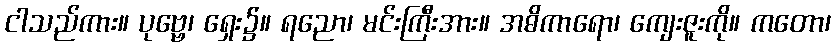
ငါသည်ကား။ ပုဗ္ဗေ၊ ရှေး၌။ ရညော၊ မင်းကြီးအား။ အဓိကာရော၊ ကျေးဇူးကို။ ကတော၊